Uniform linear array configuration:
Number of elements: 8
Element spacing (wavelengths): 1
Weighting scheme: kaiser
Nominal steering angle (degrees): -15
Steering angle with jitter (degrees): -14.303
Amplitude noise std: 0.05
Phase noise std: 0.05

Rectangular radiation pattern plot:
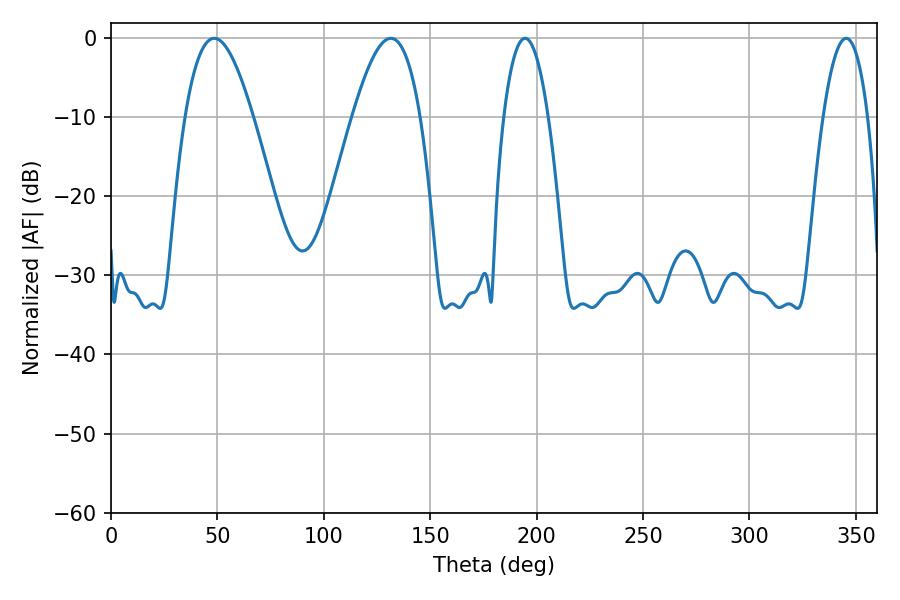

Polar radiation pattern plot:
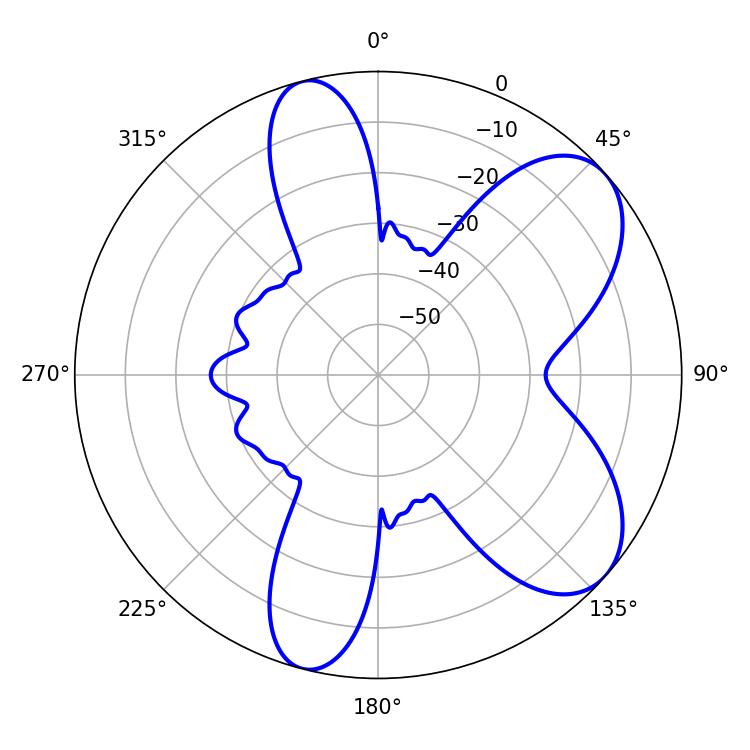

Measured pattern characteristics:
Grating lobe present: TRUE
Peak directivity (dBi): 7.138
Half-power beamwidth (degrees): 11.7
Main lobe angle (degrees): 345.42